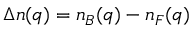
\Delta n ( q ) = n _ { B } ( q ) - n _ { F } ( q )